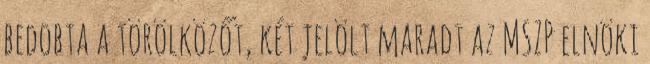
bedobta a törölközőt, két jelölt maradt az MSZP elnöki